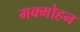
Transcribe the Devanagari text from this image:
मक्मोहन